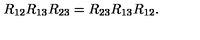
R _ { 1 2 } R _ { 1 3 } R _ { 2 3 } = R _ { 2 3 } R _ { 1 3 } R _ { 1 2 } .